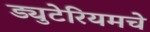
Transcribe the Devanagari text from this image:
ड्युटेरियमचे